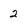
Character: 2